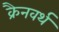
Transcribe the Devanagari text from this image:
क्रैनवर्थ